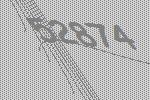
52874